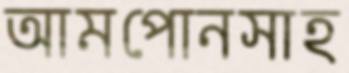
আমপোনসাহ